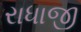
રાધાજી